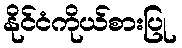
နိုင်ငံကိုယ်စားပြု